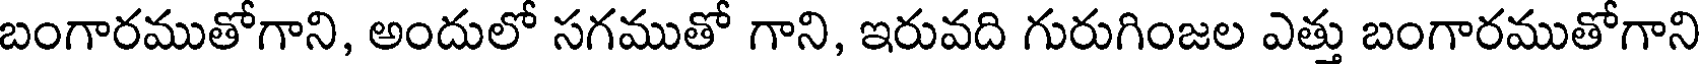
బంగారముతోగాని, అందులో సగముతో గాని, ఇరువది గురుగింజల ఎత్తు బంగారముతోగాని